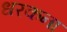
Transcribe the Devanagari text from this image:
धरकना